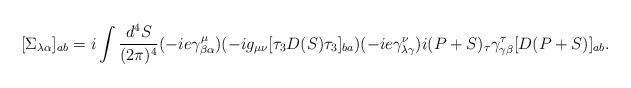
LaTeX: \begin{align*}[\Sigma_{\lambda\alpha}]_{ab} = i\int \frac{d^4 S}{(2\pi)^4} (-ie\gamma^\mu_{\beta\alpha})(-i g_{\mu\nu} [\tau_3 D(S)\tau_3]_{ba})(-ie \gamma^\nu_{\lambda \gamma}) i (P+S)_\tau \gamma^\tau _{\gamma\beta}[D(P+S)]_{ab}.\end{align*}